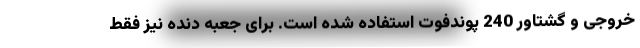
خروجی و گشتاور 240 پوندفوت استفاده شده است. برای جعبه دنده نیز فقط